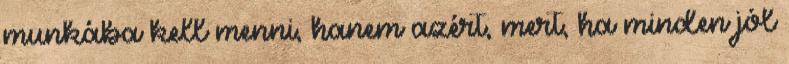
munkába kell menni, hanem azért, mert, ha minden jól